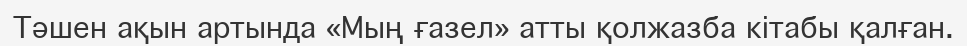
Тәшен ақын артында «Мың ғазел» атты қолжазба кітабы қалған.